Indian journal of veterinary science and animal husbandry - Volumes 22-23, 1952-1953
Year: 1952
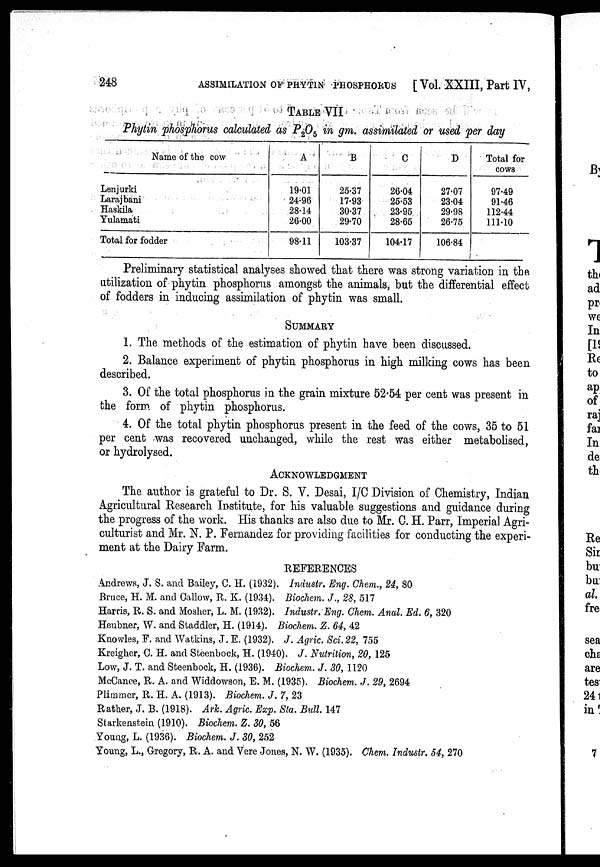
248
ASSIMILATION OF PHYTIN PHOSPHORUS [ Vol. XXIII, Part IV,
TABLE VII
Phytin phosphorus calculated as P 2 O 5 in gm. assimilated or used per day
Name of the cow
Lenjurki
Larajbani
Haskila
Yulamati
Total for fodder
A
19.01
24.96
28.14
26.00
98.11
B
25.37
17.93
30.37
29.70
103.37
C
26.04
25.53
23.95
28.65
104.17
D
27.07
23.04
29.98
26.75
106.84
Total for
cows
97.49
91.46
112.44
111.10
Preliminary statistical analyses showed that there was strong variation in the
utilization of phytin phosphorus amongst the animals, but the differential effect
of fodders in inducing assimilation of phytin was small.
SUMMARY
1. The methods of the estimation of phytin have been discussed.
2. Balance experiment of phytin phosphorus in high milking cows has been
described.
3. Of the total phosphorus in the grain mixture 52.54 per cent was present in
the form of phytin phosphorus.
4. Of the total phytin phosphorus present in the feed of the cows, 35 to 51
per cent was recovered unchanged, while the rest was either metabolised,
or hydrolysed.
ACKNOWLEDGMENT
The author is grateful to Dr. S. V. Desai, I/C Division of Chemistry, Indian
Agricultural Research Institute, for his valuable suggestions and guidance during
the progress of the work. His thanks are also due to Mr. C. H. Parr, Imperial Agri-
culturist and Mr. N. P. Fernandez for providing facilities for conducting the experi-
ment at the, Dairy Farm.
REFERENCES
Andrews, J. S. and Bailey, C. H. (1932). Industr. Eng. Chem., 24, 80
Bruce, H. M. and Callow, R. K. (1934). Biochem. J., 28, 517
Harris, R. S. and Mosher, L. M. (1932). Industr. Eng. Chem. Anal Ed. 6, 320
Heubner, W. and Staddler, H. (1914). Biochem. Z. 64, 42
Knowles, F. and Watkins, J. E. (1932). J. Agric. Sci. 22, 755
Kreigher, C. H. and Steenbock, H. (1940). J. Nutrition, 20, 125
Low, J. T. and Steenbock, H. (1936). Biochem. J. 30, 1120
McCance, R. A. and Widdowson, E. M. (1935). Biochem. J. 29, 2694
Plimmor, R. H. A. (1913). Biochem. J. 7, 23
Rather, J. B. (1918). Ark. Agric. Exp. Sta. Bull. 147
Starkenstein (1910). Biochem. Z. 30, 56
Young, L. (1936). Biochem. J. 30, 252
Young, L., Gregory, R. A. and Vere Jones, N. W. (1935). Chem. Industr. 54, 270